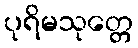
ပုရိမသုတ္တေ